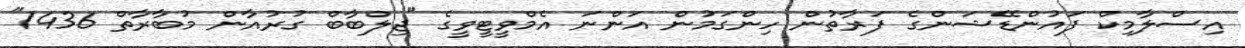
އިސްލާމިކް ފައުންޑޭޝަންގެ ފަރާތުން ހިންގަމުން އަންނަ އެމްވީޓީވީގެ "ޖިލްބާބް ގުރުއާން މުބާރާތް 1436"